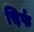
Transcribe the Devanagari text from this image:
स़िर्फ